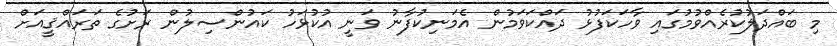
މި ބައްދަލުކުރެއްވުމުގައި ވާހަކަފުޅު ދައްކަވަމުން އެމަނިކުފާނު ވަނީ އުކުޅަހު ކައުންސިލުން ރަށުގެ ތަރައްޤީއަށް